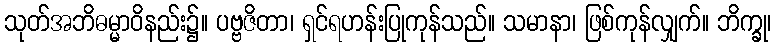
သုတ်အဘိဓမ္မာဝိနည်း၌။ ပဗ္ဗဇိတာ၊ ရှင်ရဟန်းပြုကုန်သည်။ သမာနာ၊ ဖြစ်ကုန်လျှက်။ ဘိက္ခု၊